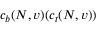
c _ { b } ( N , v ) ( c _ { t } ( N , v ) )